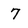
Character: 7